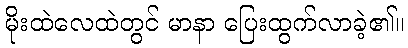
မိုးထဲလေထဲတွင် မာနာ ပြေးထွက်လာခဲ့၏။